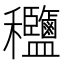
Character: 𥤟